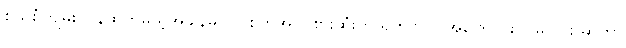
စွယ်စုံကျမ်း ပြန်ထုတ်မယ့်အချိန်မှာ လူစိတ်အဝင်စားဆုံးက ရိုဟင်ဂျာ အကြောင်း ပါမလား ဆိုတာ